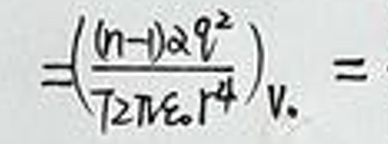
\(= \frac{(n-1)^2q^2}{72\pi\epsilon_0r^4}v_0 =\)